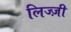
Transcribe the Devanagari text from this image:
लिज्ज़ी